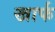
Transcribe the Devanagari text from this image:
खार्फ